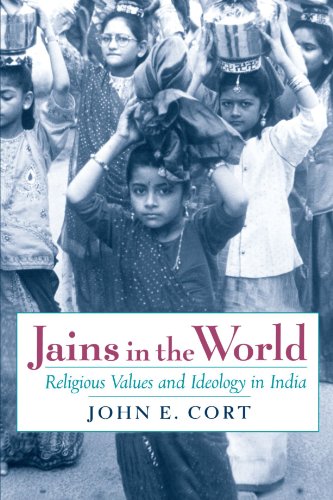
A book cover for Jains in the World: Religious Values and Ideology in India; John E. Cort; Religion & Spirituality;